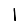
Digit: 1